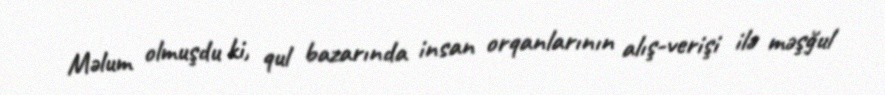
Məlum olmuşdu ki, qul bazarında insan orqanlarının alış-verişi ilə məşğul